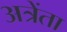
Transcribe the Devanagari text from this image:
अत्रेंता